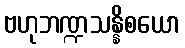
ဗဟုဘဏ္ဍသန္နိစယော